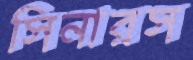
সিনারস